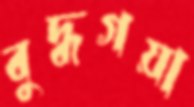
বুদ্ধগয়া